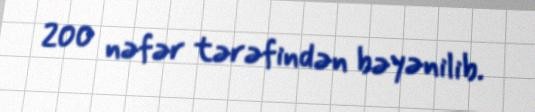
200 nəfər tərəfindən bəyənilib.